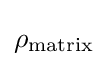
\rho _{\text{matrix}}